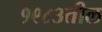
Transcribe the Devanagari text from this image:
१९८३तील